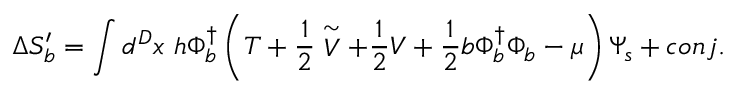
\Delta S _ { b } ^ { \prime } = \int d ^ { D } x ~ h \Phi _ { b } ^ { \dagger } \left( T + \frac { 1 } { 2 } \stackrel { \sim } { V } + \frac { 1 } { 2 } V + \frac { 1 } { 2 } b \Phi _ { b } ^ { \dagger } \Phi _ { b } - \mu \right) \Psi _ { s } + c o n j .